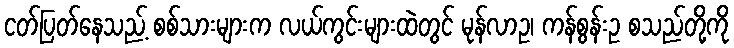
ငတ်ပြတ်နေသည့် စစ်သားများက လယ်ကွင်းများထဲတွင် မုန်လာဥ၊ ကန်စွန်းဥ စသည်တို့ကို